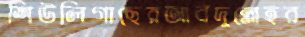
শিউলিগাছেরআবদুল্লেহর